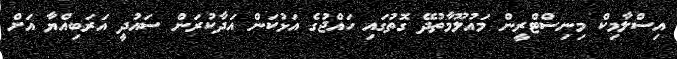
އިސްލާމިކް މިނިސްޓްރީން މައުލޫމާތުދޭ ގޮތުގައި ހައްޖުގެ އަޅުކަން އަދާކުރަން ސައުދީ އަރަބިއްޔާ އަށް